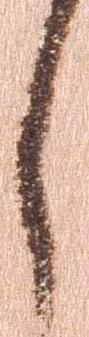
し